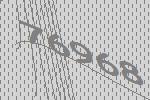
76968